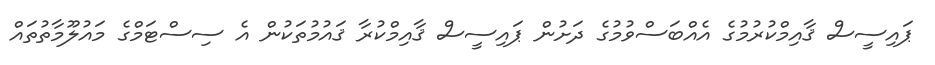
ޕައިސީސް ޤާއިމްކުރުމުގެ އެއްބަސްވުމުގެ ދަށުން ޕައިސީސް ޤާއިމްކުރާ ޤައުމުތަކުން އެ ސިސްޓަމްގެ މައުލޫމާތުތައް